65_HS1-834228961_62-HQ-83894_Serial_164
Agency: FBI
Page 102
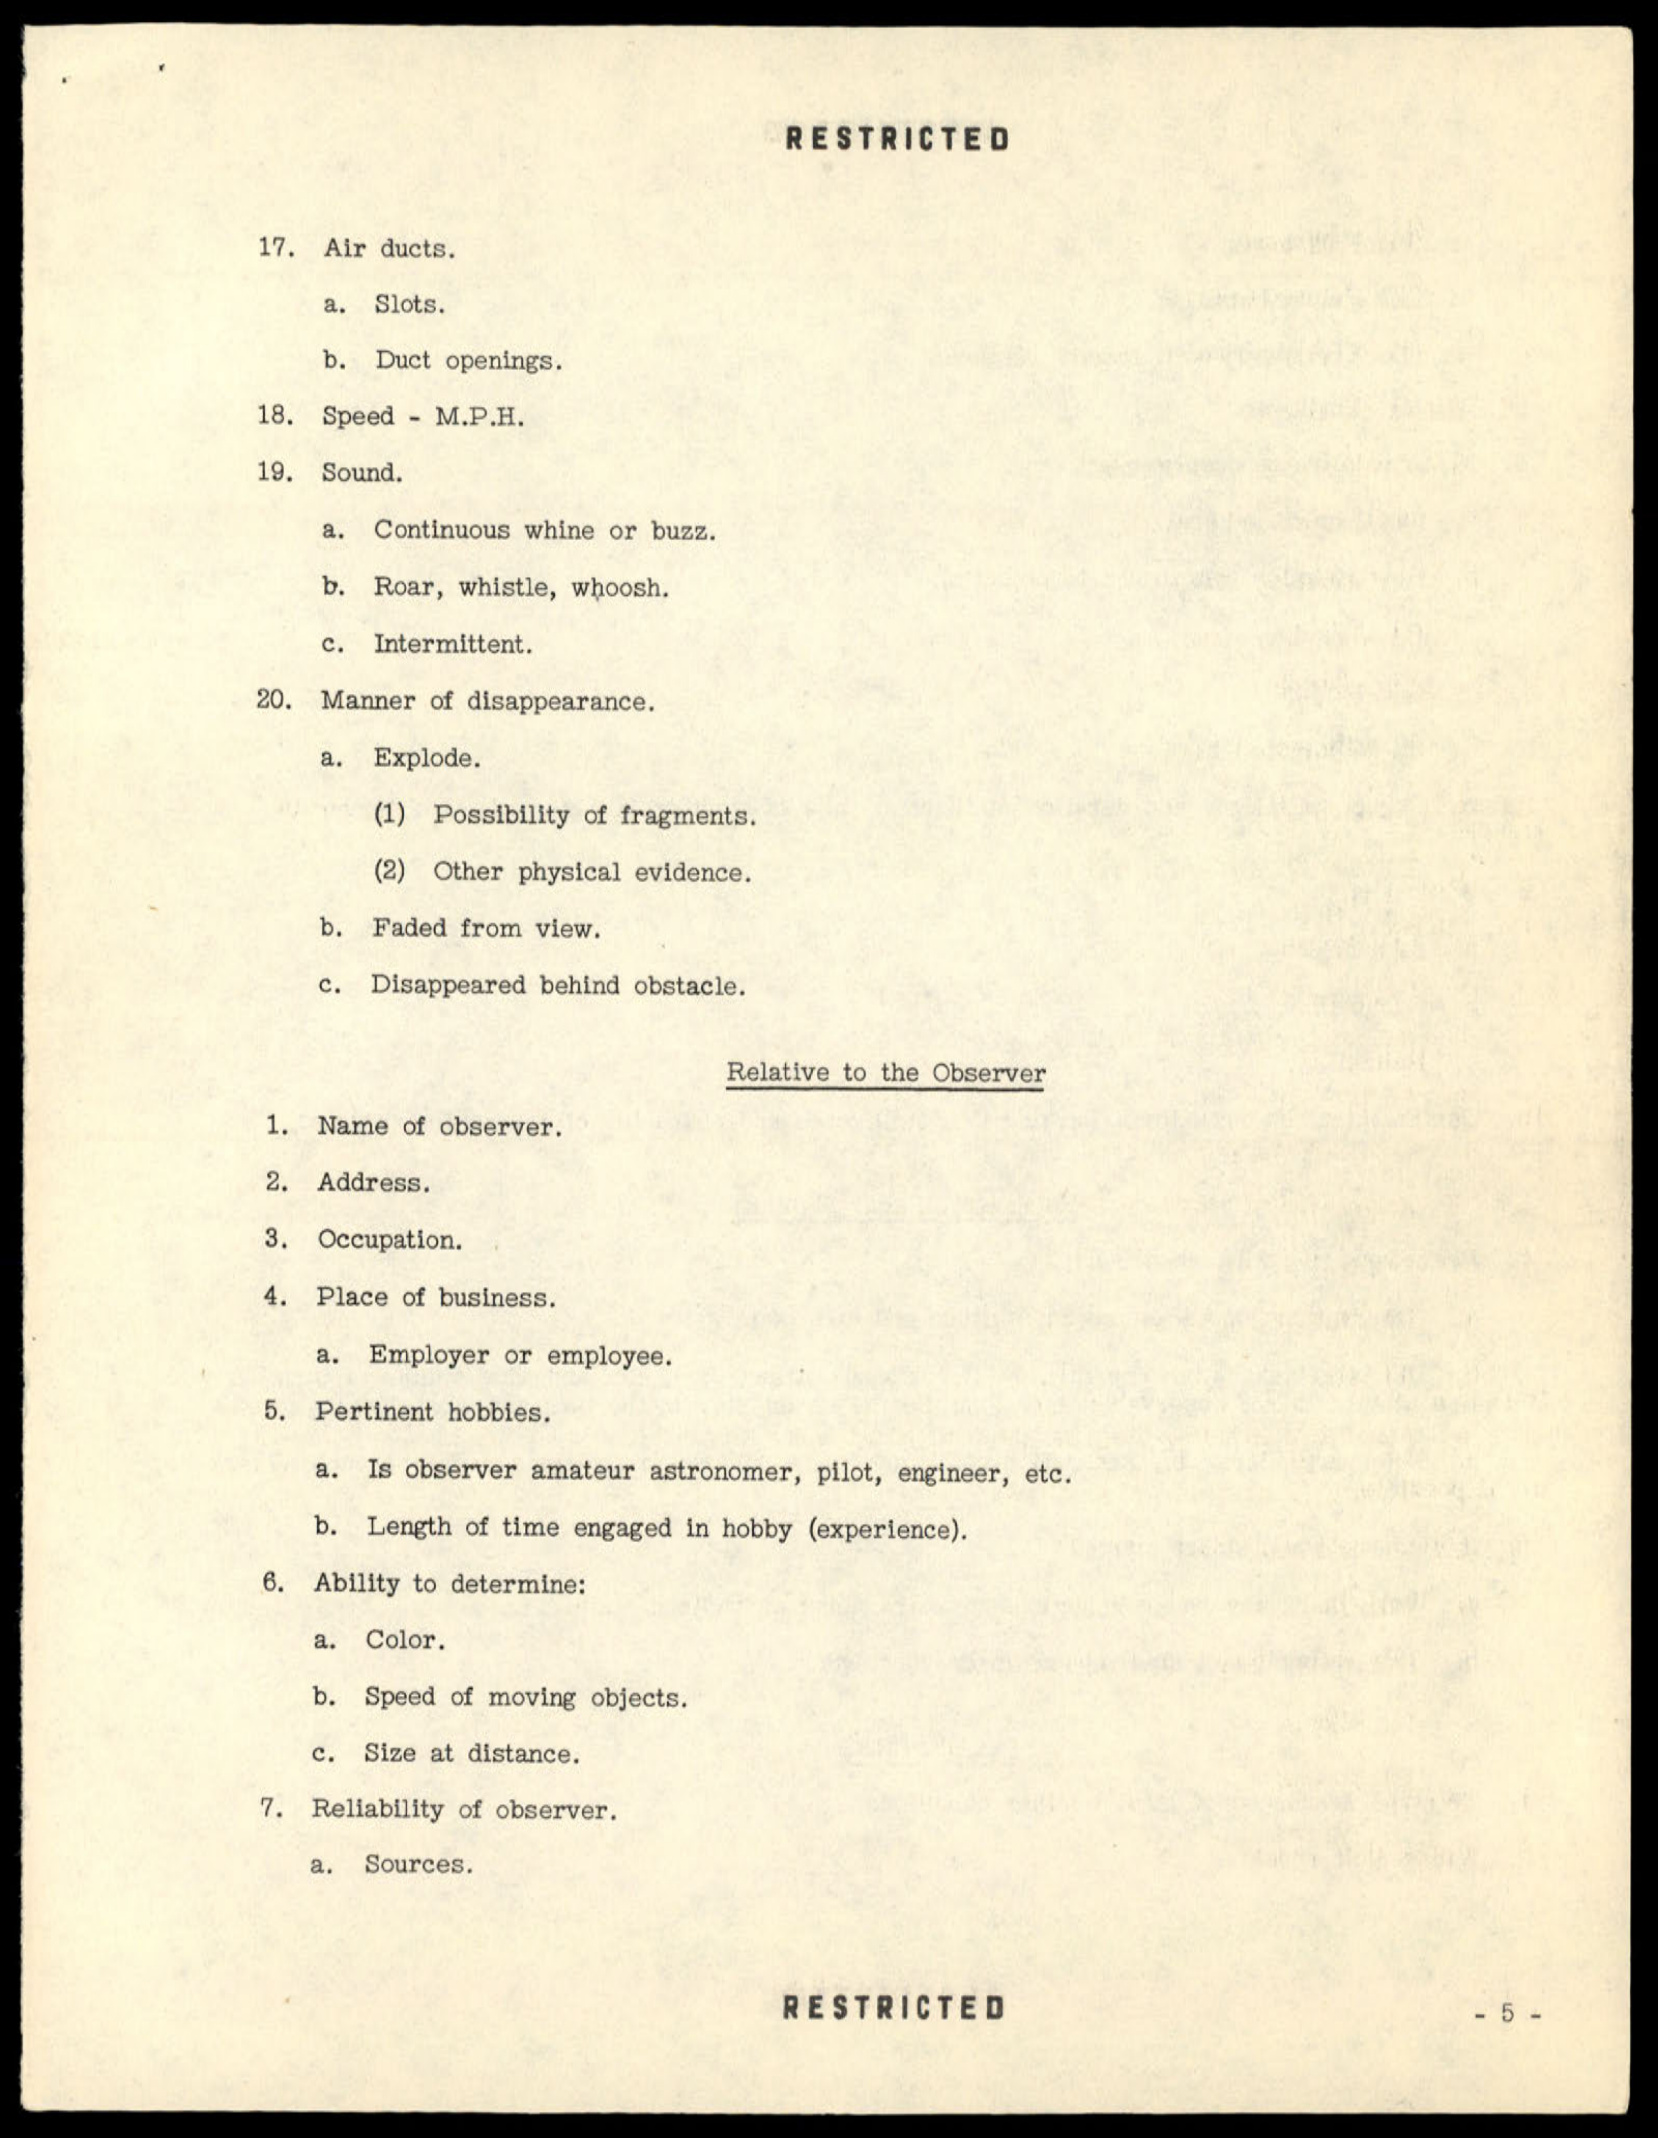